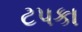
ટપકા